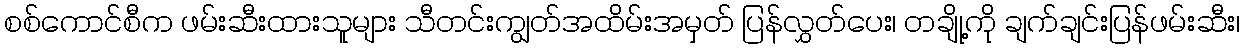
စစ်ကောင်စီက ဖမ်းဆီးထားသူများ သီတင်းကျွတ်အထိမ်းအမှတ် ပြန်လွှတ်ပေး၊ တချို့ကို ချက်ချင်းပြန်ဖမ်းဆီး၊